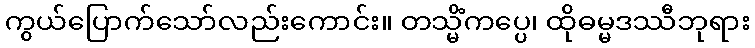
ကွယ်ပြောက်သော်လည်းကောင်း။ တသ္မိံကပ္ပေ၊ ထိုဓမ္မဒဿီဘုရား